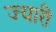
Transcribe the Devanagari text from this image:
ज्यारी